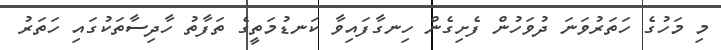
މި މަހުގެ ހަތަރުވަނަ ދުވަހުން ފެށިގެން ހިނގާފައިވާ ކަނޑުމަތީގެ ތަފާތު ހާދިސާތަކުގައި ހަތަރު